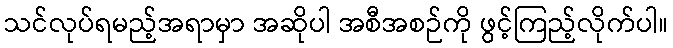
သင်လုပ်ရမည့်အရာမှာ အဆိုပါ အစီအစဉ်ကို ဖွင့်ကြည့်လိုက်ပါ။